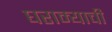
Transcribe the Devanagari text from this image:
घराम्याची